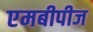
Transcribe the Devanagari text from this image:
एमबीपीज